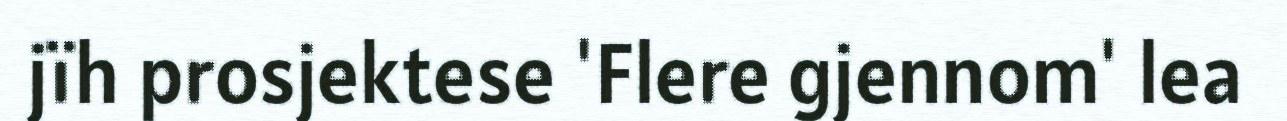
jïh prosjektese 'Flere gjennom' lea